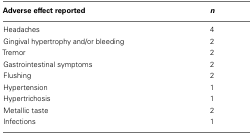
<table><thead><tr><td><b>Adverse effect reported</b></td><td><b><i>n</i></b></td></tr></thead><tbody><tr><td>Headaches</td><td>4</td></tr><tr><td>Gingival hypertrophy and/or bleeding</td><td>2</td></tr><tr><td>Tremor</td><td>2</td></tr><tr><td>Gastrointestinal symptoms</td><td>2</td></tr><tr><td>Flushing</td><td>2</td></tr><tr><td>Hypertension</td><td>1</td></tr><tr><td>Hypertrichosis</td><td>1</td></tr><tr><td>Metallic taste</td><td>2</td></tr><tr><td>Infections</td><td>1</td></tr></tbody></table>